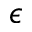
\epsilon